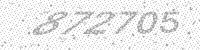
Solution: 872705